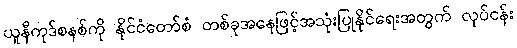
ယူနီကုဒ်စနစ်ကို နိုင်ငံတော်စံ တစ်ခုအနေဖြင့်အသုံးပြုနိုင်ရေးအတွက် လုပ်ငန်း